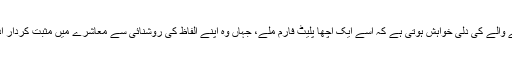
تو ہر لکھنے والے کی دلی خواہش ہوتی ہے کہ اسے ایک اچھا پلیٹ فارم ملے، جہاں وہ اپنے الفاظ کی روشنائی سے معاشرے میں مثبت کردار ادا کر سکے۔